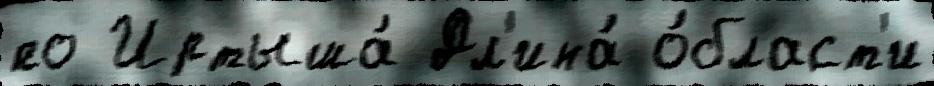
по Иртыша́ Дл'ина́ о́бласт'и